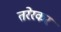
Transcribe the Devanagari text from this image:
तरेरकर